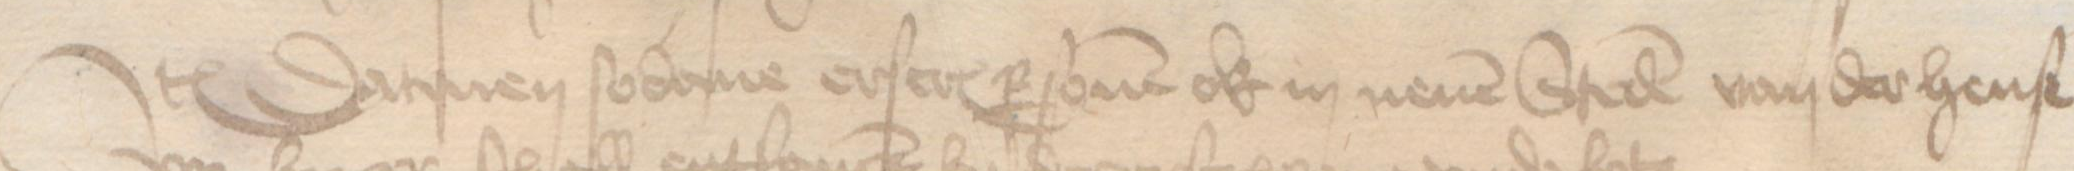
Jtem Datmen sodane erscreuen personen ok in nenen Steden van der hense